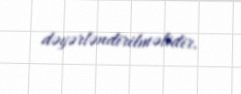
dəyərləndirilməlidir.